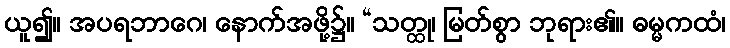
ယူ၍။ အပရဘာဂေ၊ နောက်အဖို့၌။ “သတ္ထု၊ မြတ်စွာ ဘုရား၏။ ဓမ္မကထံ၊